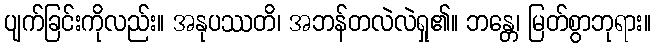
ပျက်ခြင်းကိုလည်း။ အနုပဿတိ၊ အဘန်တလဲလဲရှု၏။ ဘန္တေ၊ မြတ်စွာဘုရား။